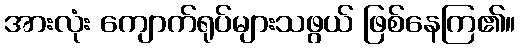
အားလုံး ကျောက်ရုပ်များသဖွယ် ဖြစ်နေကြ၏။